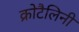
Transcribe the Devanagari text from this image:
क्रोटैलिनी